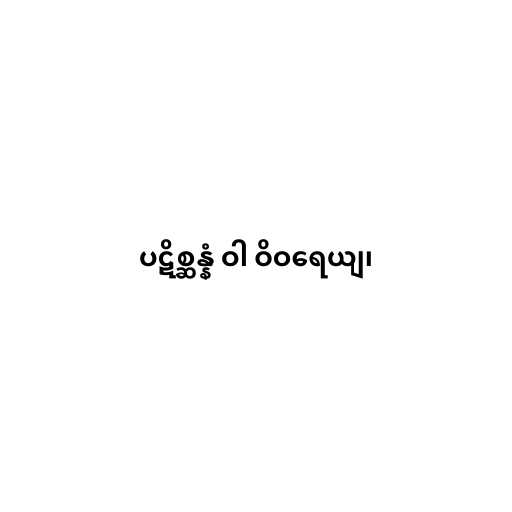
ပဋိစ္ဆန္နံ ဝါ ဝိဝရေယျ၊